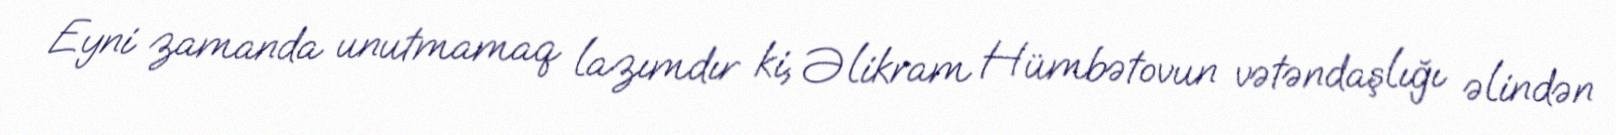
Eyni zamanda unutmamaq lazımdır ki, Əlikram Hümbətovun vətəndaşlığı əlindən